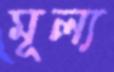
মূল্য